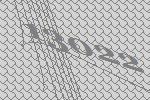
13022